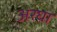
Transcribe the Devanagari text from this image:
अरघा